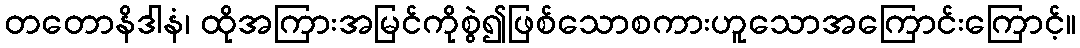
တတောနိဒါနံ၊ ထိုအကြားအမြင်ကိုစွဲ၍ဖြစ်သောစကားဟူသောအကြောင်းကြောင့်။